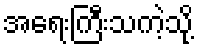
အရေးကြီးသကဲ့သို့